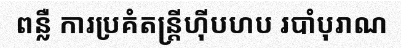
ពន្លឺ ការប្រគំតន្ត្រីហ៊ីបហប របាំបុរាណ